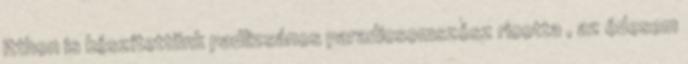
itthon is készítettünk padlizsános paradicsomszósz ricotta , az édesem